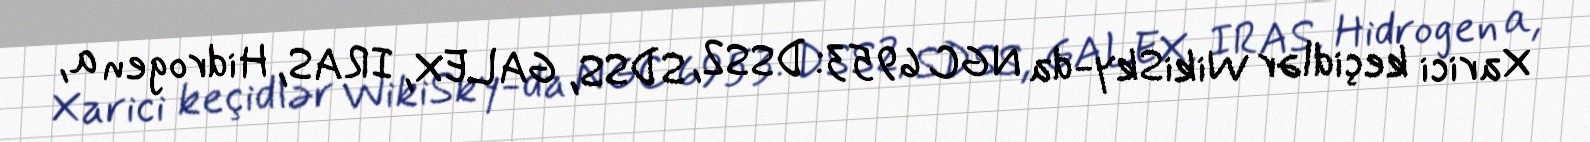
Xarici keçidlər WikiSky-da NGC 6953: DSS2, SDSS, GALEX, IRAS, Hidrogen α,